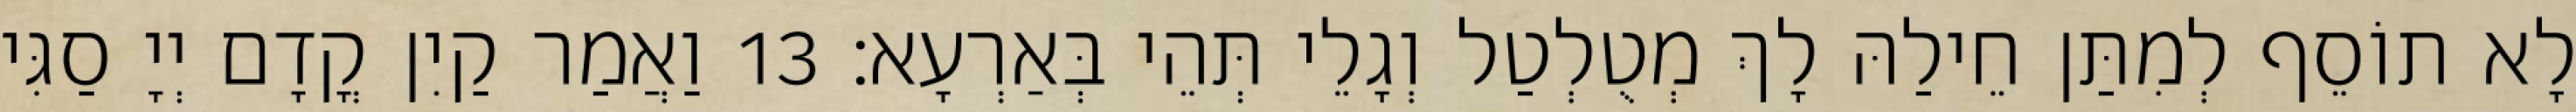
לָא תוֹסֵף לְמִתַּן חֵילַהּ לָךְ מְטֻלְטַל וְגָלֵי תְּהֵי בְּאַרְעָא׃ 13 וַאֲמַר קַיִן קֳדָם יְיָ סַגִּי